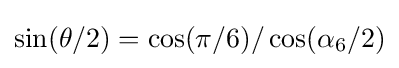
\sin(\theta /2)=\cos(\pi /6)/\cos(\alpha _{6}/2)